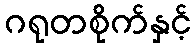
ဂရုတစိုက်နှင့်